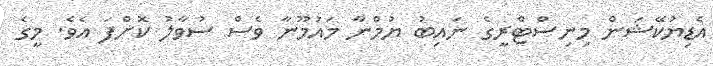
އެޑިޔުކޭޝަން މިނިސްޓްރީގެ ނައިބު ޔުމްނާ މައުމޫނާ ވެސް ސުވާލު ކޮށްފަ އެވެ. މީގެ